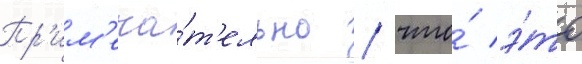
Пр'им'еча́т'ельно / что́ э́то